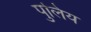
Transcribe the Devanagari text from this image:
पुलिय